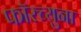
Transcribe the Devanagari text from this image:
फॉरच्युना